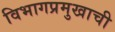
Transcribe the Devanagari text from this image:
विभागप्रमुखाची